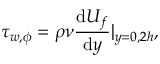
\tau _ { w , \phi } = \rho \nu \frac { \mathrm { d } U _ { f } } { \mathrm { d } y } | _ { y = 0 , 2 h } ,